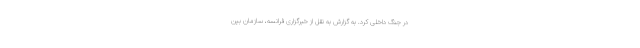
در جنگ داخلی کرد. به گزارش به نقل از خبرگزاری فرانسه، سازمان بین